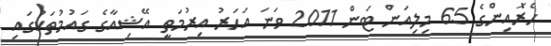
ހެރޮއިންގެ 65 މިލިއަން ޓަން 2011 ވަނަ އަހަރު އިރުމަތީ އޭޝިއާގެ ގައުމުތަކުގައި